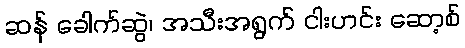
ဆန် ခေါက်ဆွဲ၊ အသီးအရွက် ငါးဟင်း ဆော့စ်